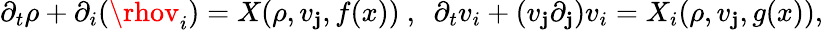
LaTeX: \partial_{t}\rho+\partial_{i}(\rhov_{i})=X(\rho,v_{\mathbf{j}},f(x))~,~~\partial_{t}v_{i}+(v_{\mathbf{j}}\partial_{\mathbf{j}})v_{i}=X_{i}(\rho,v_{\mathbf{j}},g(x)),